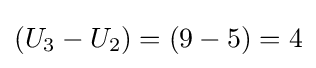
\left({U_{3}-U_{2}}\right)=\left(9-5\right)=4